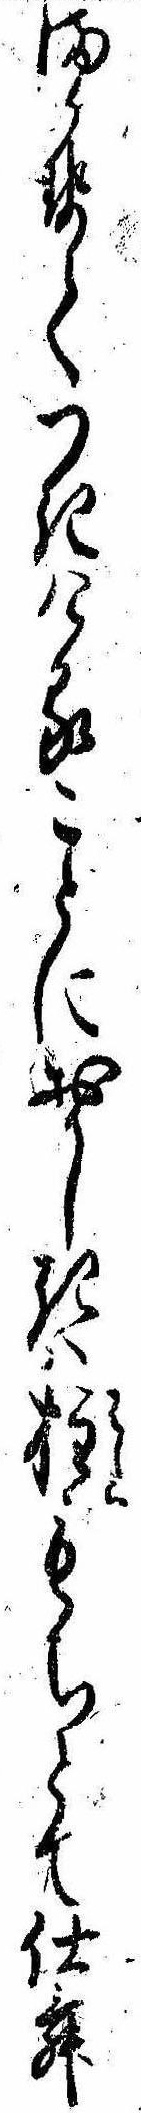
まかせてつきけることにおかしきは柱もちとて仕舞